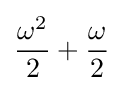
{\frac {\omega ^{2}}{2}}+{\frac {\omega }{2}}